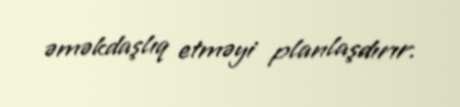
əməkdaşlıq etməyi planlaşdırır.